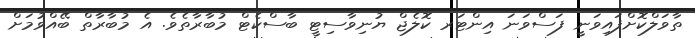
ތާވަލްކޮށްފައިވަނީ ފަސްވަނަ އިންޓަރ ކޮލެޖް ޔުނިވާސިޓީ ބާސްކެޓް މުބާރާތެވެ. އެ މުބާރާތް ބޭއްވުމަށް